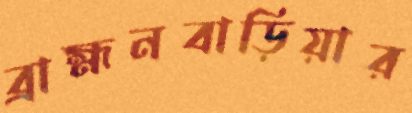
ব্রাহ্মনবাড়িয়ার